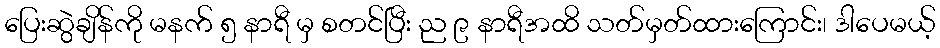
ပြေးဆွဲချိန်ကို မနက် ၅ နာရီ မှ စတင်ပြီး ည ၉ နာရီအထိ သတ်မှတ်ထားကြောင်း၊ ဒါပေမယ့်